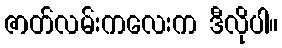
ဇာတ်လမ်းကလေးက ဒီလိုပါ။